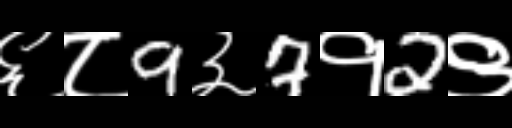
Text: ६८9३7१2९